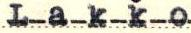
Lakko